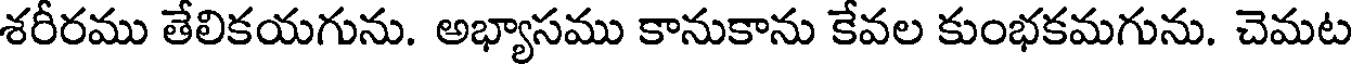
శరీరము తేలికయగును. అభ్యాసము కానుకాను కేవల కుంభకమగును. చెమట